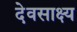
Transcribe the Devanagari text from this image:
देवसाक्ष्य